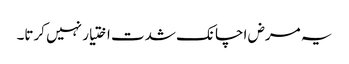
یہ مرض اچانک شدت اختیار نہیں کرتا۔